Scottish Leaving Certificate Examination, 1959
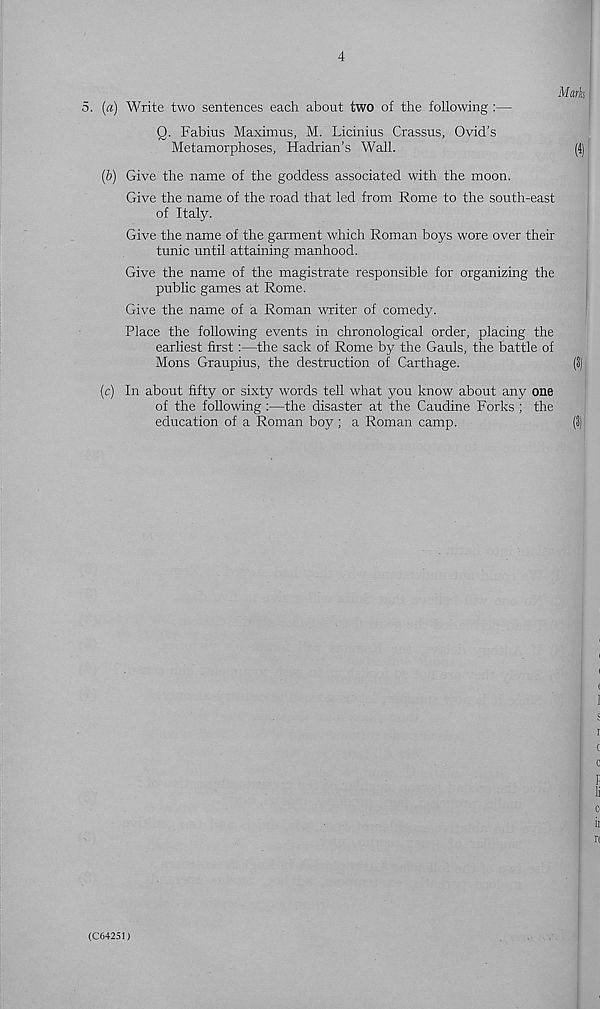
4
Mark
5. (a) Write two sentences each about two of the following :—
Q. Fabius Maximus, M. Licinius Crassus, Ovid’s
Metamorphoses, Hadrian’s Wall.
(4)
(b) Give the name of the goddess associated with the moon.
Give the name of the road that led from Rome to the south-east
of Italy.
Give the name of the garment which Roman boys wore over their
tunic until attaining manhood.
Give the name of the magistrate responsible for organizing the
public games at Rome.
Give the name of a Roman writer of comedy.
Place the following events in chronological order, placing the
earliest first:—the sack of Rome by the Gauls, the battle of
Mons Graupius, the destruction of Carthage.
(3)
(c) In about fifty or sixty words tell what you know about any one
of the following:—the disaster at the Caudine Forks ; the
education of a Roman boy ; a Roman camp.
(3)
(C64251)